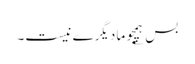
بس ؂ ہمچو ما دیگرے نیست۔